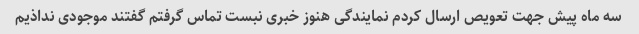
سه ماه پیش جهت تعویص ارسال کردم نمایندگی هنوز خبری نبست تماس گرفتم گفتند موجودی نداذیم